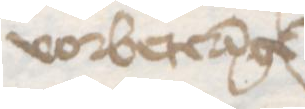
vorbetereinge